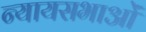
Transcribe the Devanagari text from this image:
न्यायसभाओं